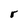
Character: r